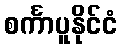
စင်္ကာပူနိုင်ငံ